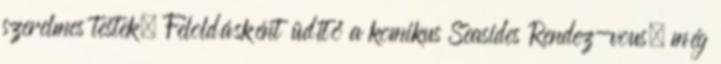
szerelmes testek. Feloldásként üdítő a komikus Seasides Rendez-vous, még